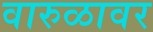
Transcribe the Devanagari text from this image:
वारुळावर